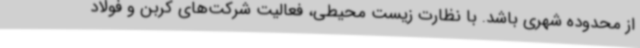
از محدوده شهری باشد. با نظارت زیست محیطی، فعالیت شرکت‌های کربن و فولاد